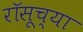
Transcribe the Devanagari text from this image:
रॉसूच्या